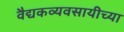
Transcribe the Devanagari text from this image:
वैद्यकव्यवसायीच्या